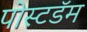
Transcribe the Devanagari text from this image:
पोस्टडॅम